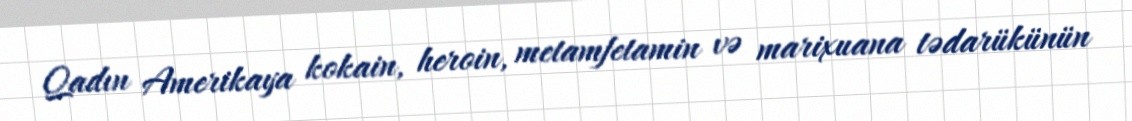
Qadın Amerikaya kokain, heroin, metamfetamin və marixuana tədarükünün